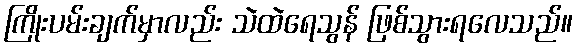
ကြိုးပမ်းချက်မှာလည်း သဲထဲရေသွန် ဖြစ်သွားရလေသည်။